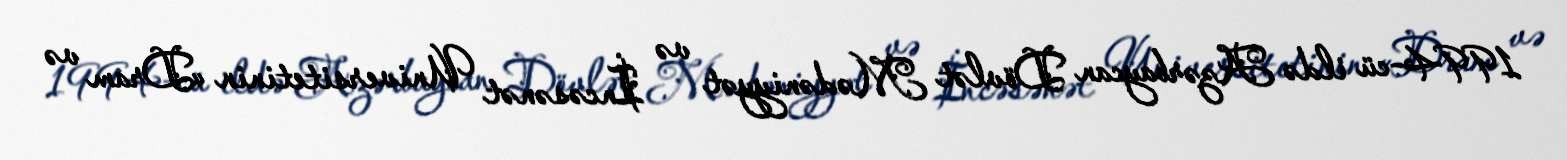
1994-cü ildə Azərbaycan Dövlət Mədəniyyət və İncəsənət Universitetinin «Dram və